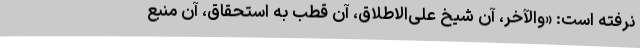
نرفته است: «والآخر، آن شیخِ علی‌الاطلاق، آن قطبِ به استحقاق، آن منبعِ